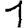
Digit: 1